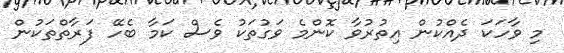
މި ވާހަކަ ދެއްކުން އިތުރުވާ ކޮންމެ ވަގުތަކު ވެސް ކަމާ ބެހޭ ފަރާތްތަކުން